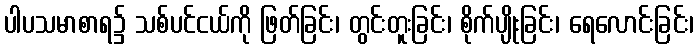
ပါပသမာစာရ၌ သစ်ပင်ငယ်ကို ဖြတ်ခြင်း၊ တွင်းတူးခြင်း၊ စိုက်ပျိုးခြင်း၊ ရေလောင်းခြင်း၊